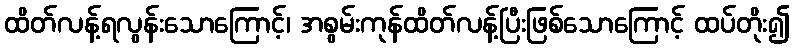
ထိတ်လန့်ရလွန်းသောကြောင့်၊ အစွမ်းကုန်ထိတ်လန့်ပြီးဖြစ်သောကြောင့် ထပ်တိုး၍